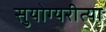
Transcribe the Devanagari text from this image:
सुयोग्यरीत्या